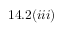
1 4 . 2 ( i i i )